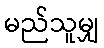
မည်သူမျှ